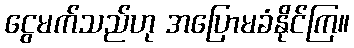
ငွေမက်သည်ဟု အပြောမခံနိုင်ကြ။